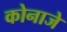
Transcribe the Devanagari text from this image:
कोनाजे